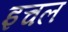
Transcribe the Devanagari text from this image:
इचल